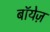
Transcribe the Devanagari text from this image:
बॉयेज़